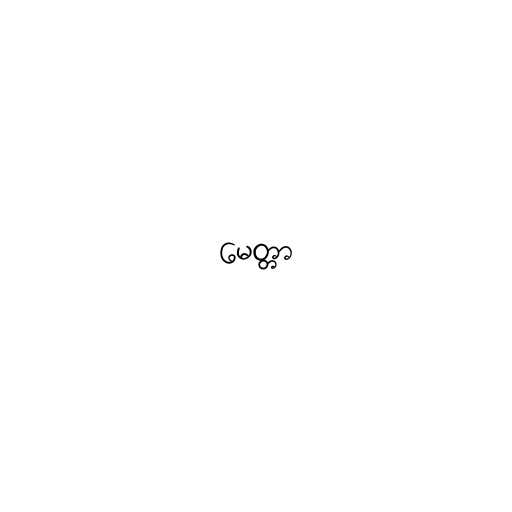
မေတ္တာ